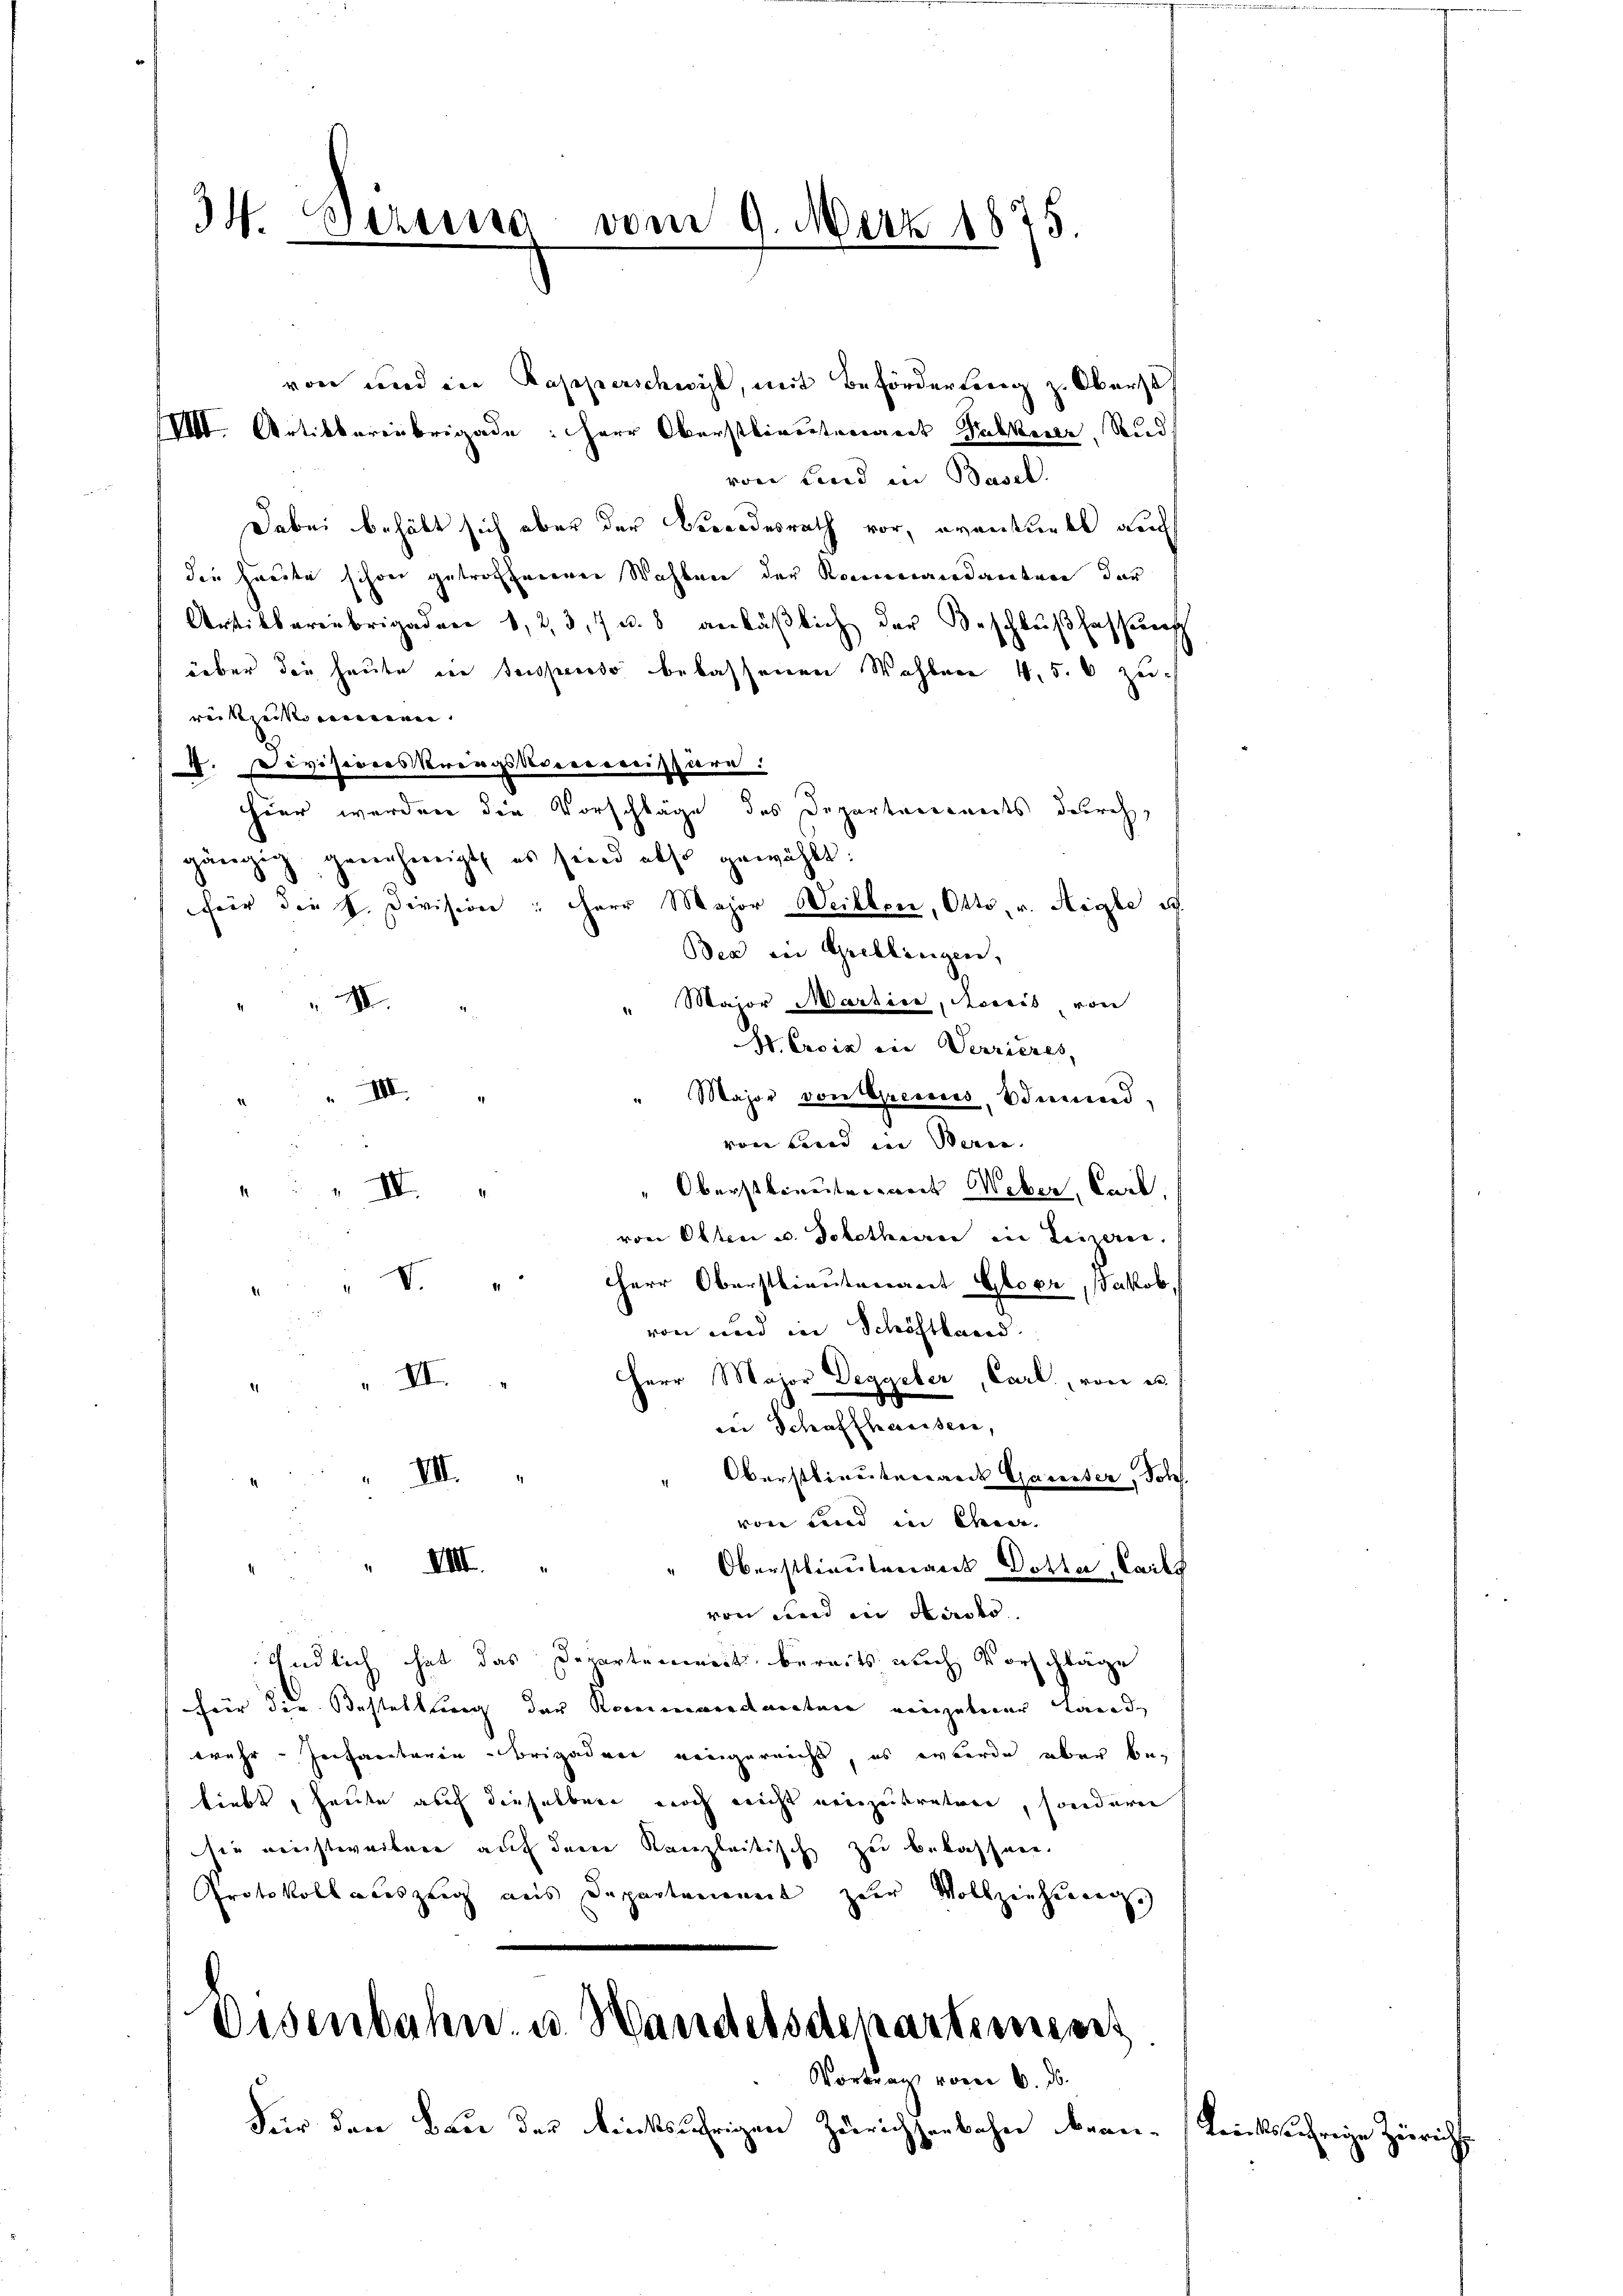
34. Serena vom 9. März 1875.

III.

von und in Rapperschwist, mit Beförderlang z. Oberst
VVII. Artikbarenbrigade: Herr Oberstlieutenant Sabkeite. Rud.
von Land in Basel.
Dabei behält sich aber der Verordesrath vor, eventuell auch
die heute schon getroffenerer Wahlen der Kommandanten der
Artikbarenbrigadene 1, 2, 3, 7 u. 8 anläßlich der Beschlußfassung
über die heute in Tesspenso belassenen Wahlen 4. 5. 6 zurückzukommen.
4. revisionskriegskommissäre.
hier werden die Vorschläge des Departanereits durch,
gängig genehmigt, es sind also gewählt:
für die h. Division : HHerr Major Weillon, Otto, v. Aigle es
Bea am Grellingen,
" Major Martice, Accis von
III.
N. Croix ein Verrieres,
Major von Gremis, Vdmund,
von Bered in Beren.
10
" Oberstbereiterwert Weber, Carl.
I
von Olten u. Solothurer ein Leizeren.
V. Herr Oberstlieutenant Gloer, Jakob,
von und in Schöftland.
Herr Major Deggeber, Carl, von es
 II.
der Schaffhausein,
Oberstlieutenande Gausser, Johs.
III.
von Land in Chara- |
VIII.
" Oberstlieutenant Dotter, Carls
von und in Stadtr.
Endlich hat das Departenweit bereits auch Vorschläge
für die Bestellung der Kornimmendarsten eingüterer Lande
wehr-Infaretaren-Brigadere eingereicht, es wurde aber beliebt, heute auch dieselben noch nicht neuzeitreten, sondern
Sie nichtweiben auf dem Kanzleitisch zu belassen.
Protokollaceszeig aus Departenannt zur Vollzeichnung.

Oesenbahn u. Wandelsdepartement
Vortraus vom 6. ds.

Für den Bau der Rücksährigen Zürichserbahn bean¬

Leichtsschrige Zürich